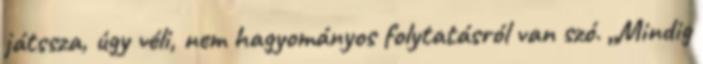
játssza, úgy véli, nem hagyományos folytatásról van szó. „Mindig